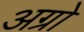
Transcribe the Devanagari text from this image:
अग्रो